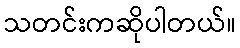
သတင်းကဆိုပါတယ်။